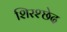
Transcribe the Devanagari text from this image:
शिरश्छेद